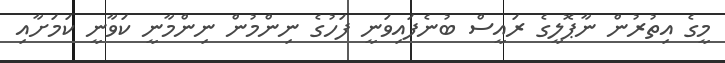
މީގެ އިތުރުން ނާޕޮލީގެ ރައީސް ބުނެފައިވަނީ ފަހުގެ ނިންމުން ނިންމާނީ ކަވާނީ ކަމަށާއި